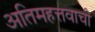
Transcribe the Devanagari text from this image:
अतिमहत्तवाची